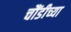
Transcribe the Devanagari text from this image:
चौंडीच्या